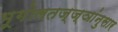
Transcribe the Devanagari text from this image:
भूगोलतज्ज्ञांनुसार